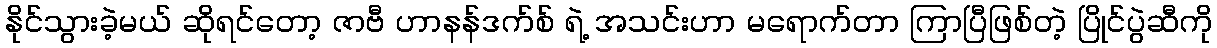
နိုင်သွားခဲ့မယ် ဆိုရင်တော့ ဇာဗီ ဟာနန်ဒက်စ် ရဲ့ အသင်းဟာ မရောက်တာ ကြာပြီဖြစ်တဲ့ ပြိုင်ပွဲဆီကို